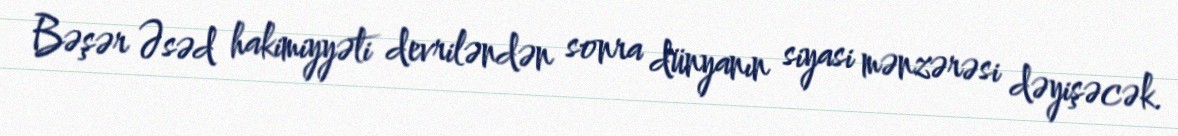
Bəşər Əsəd hakimiyyəti devriləndən sonra dünyanın siyasi mənzərəsi dəyişəcək.